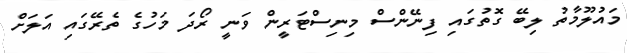
މައުލޫމާތު ލިބޭ ގޮތުގައި ފިނޭންސް މިނިސްޓަރީން ވަނީ ރޯދަ މަހުގެ ތެރޭގައި އަލަށް